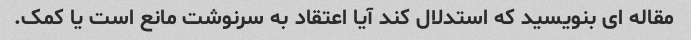
مقاله ای بنویسید که استدلال کند آیا اعتقاد به سرنوشت مانع است یا کمک.